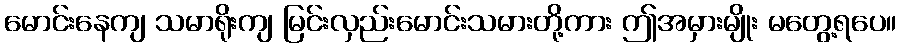
မောင်းနေကျ သမာရိုးကျ မြင်းလှည်းမောင်းသမားတို့ကား ဤအမှားမျိုး မတွေ့ရပေ။